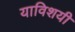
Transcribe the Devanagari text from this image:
याविशयी